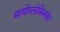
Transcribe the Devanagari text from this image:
मायोग्लोबिनमेह